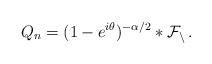
LaTeX: \begin{align*}Q_n=(1-e^{i\theta})^{-\alpha/2}\ast \cal{F}_n\,.\end{align*}